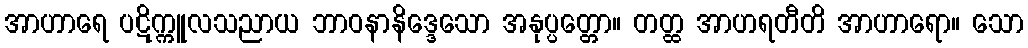
အာဟာရေ ပဋိက္ကူလသညာယ ဘာဝနာနိဒ္ဒေသော အနုပ္ပတ္တော။ တတ္ထ အာဟရတီတိ အာဟာရော။ သော